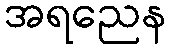
အရညေန